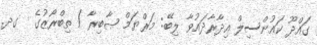
ގައްދޫ ކައުންސިލް އިދާރާދައުވާ ލިބޭ: މަރްޔަމް ޞާބިރާ / ތިބްރޯޒުގެ  ގދ.